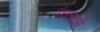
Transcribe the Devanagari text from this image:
बंधताओं